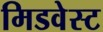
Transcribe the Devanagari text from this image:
मिडवेस्‍ट